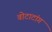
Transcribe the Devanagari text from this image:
वोटाटांग